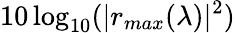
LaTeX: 10\log_{10}(|r_{max}(\lambda)|^{2})